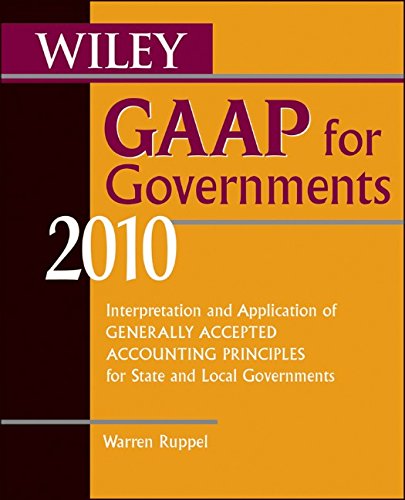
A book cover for Wiley GAAP for Governments 2010: Interpretation and Application of Generally Accepted Accounting Principles for State and Local Governments (Wiley ... of GAAP for State & Local Governments); Warren Ruppel; Business & Money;